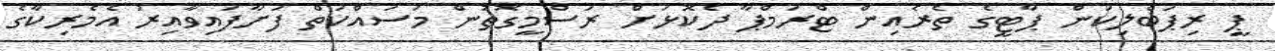
ޕީ ރިޕަބްލިކަން ޕާޓީގެ ތެރެއިން ޓްރަމްޕާ ދެކޮޅަށް ރަސްމީގޮތުން މަސައްކަތް ފަށާފައިވާއިރު އެމެރިކާގެ